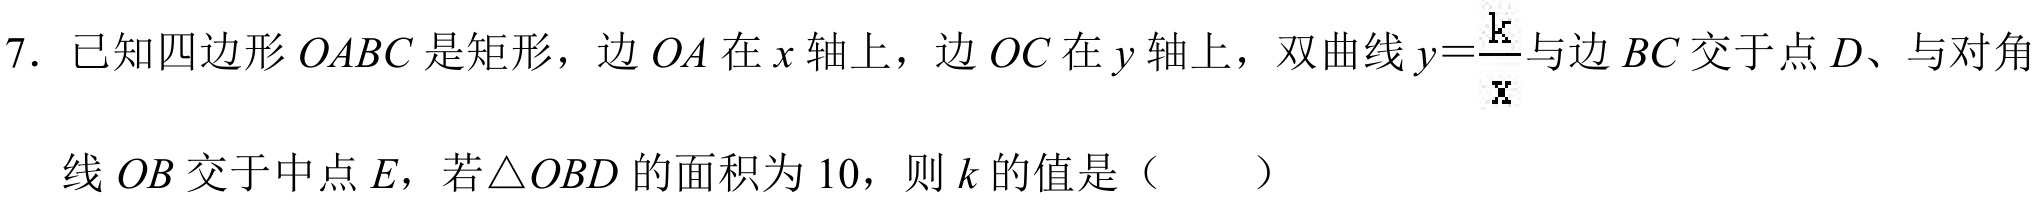
7. 已知四边形\(OABC\)是矩形，边\(OA\)在\(x\)轴上，边\(OC\)在\(y\)轴上，双曲线\(y = \frac{k}{x}\)与边\(BC\)交于点\(D\)、与对角
线\(OB\)交于中点\(E\)，若\(\triangle OBD\)的面积为\(10\)，则\(k\)的值是（  ）